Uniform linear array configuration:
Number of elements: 48
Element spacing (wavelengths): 0.5
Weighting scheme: exponential
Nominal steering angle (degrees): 15
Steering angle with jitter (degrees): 15.719
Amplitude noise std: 0.05
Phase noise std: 0.05

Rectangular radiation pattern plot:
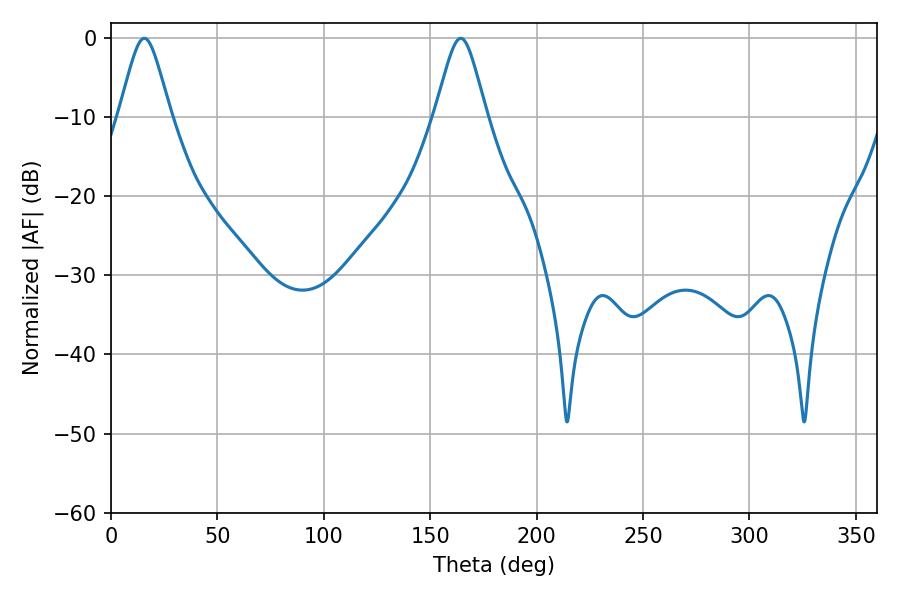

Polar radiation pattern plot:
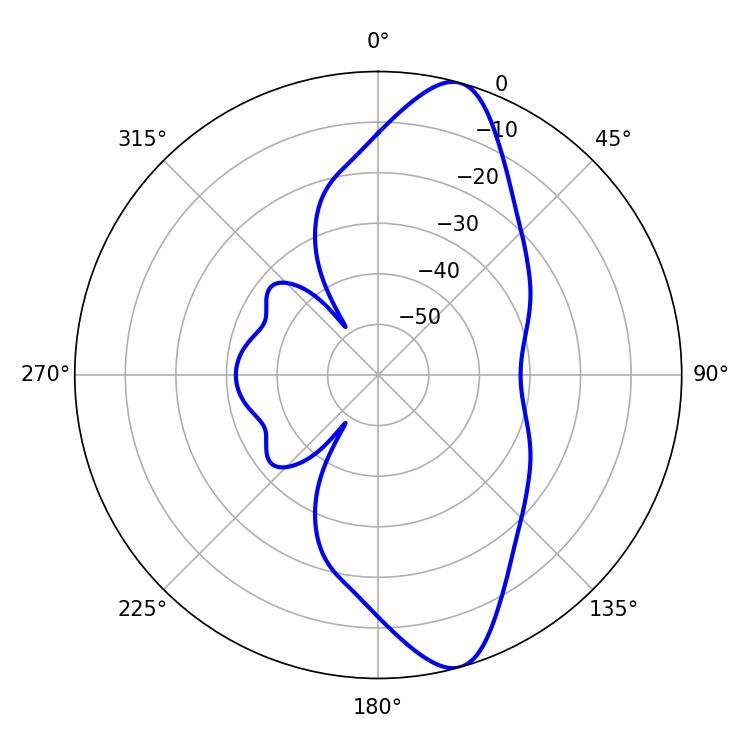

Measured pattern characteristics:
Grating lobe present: FALSE
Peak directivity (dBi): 11.645
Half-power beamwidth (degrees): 11.7
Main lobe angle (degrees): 15.66